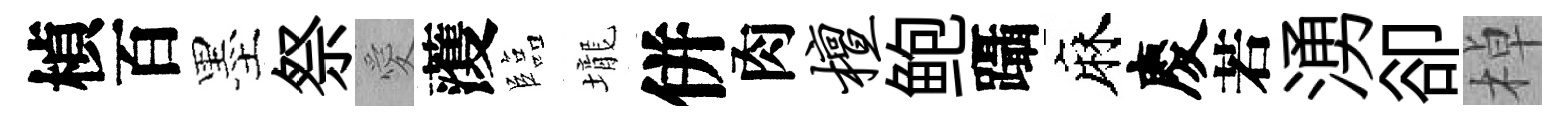
楨百墨祭愛𮑮臨壠併肉檀鲍躡麻慶若湧卻棹